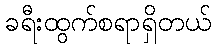
ခရီးထွက်စရာရှိတယ်